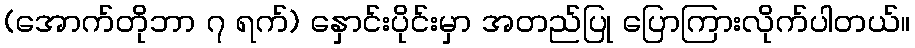
(အောက်တိုဘာ ၇ ရက်) နှောင်းပိုင်းမှာ အတည်ပြု ပြောကြားလိုက်ပါတယ်။